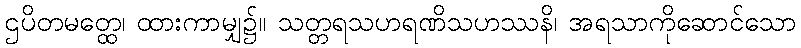
ဌပိတမတ္ထေ၊ ထားကာမျှ၌။ သတ္တရသဟရဏိသဟဿနိ၊ အရသာကိုဆောင်သော